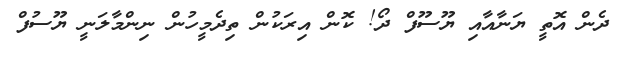
ދެން އޮތީ ޔަނާއާއި ޔޫސޫފް ދޯ! ކޮން އިރަކުން ތިދެމީހުން ނިންމާލަނީ ޔޫސުފް